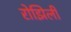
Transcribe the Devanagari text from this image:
रोझिली